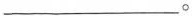
___。